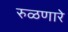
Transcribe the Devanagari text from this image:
रुळणारे